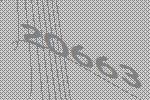
20663